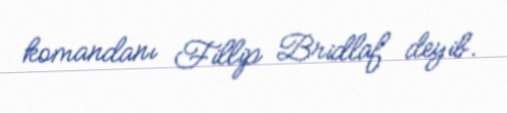
komandanı Fillip Bridlaf deyib.